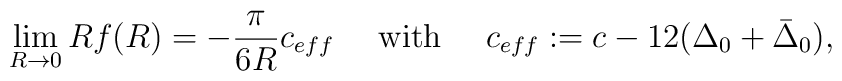
\lim_{R \rightarrow 0} R f(R) = -\frac{\pi}{6 R} c_{eff} \,\,\,\,\,\,\,\,\textnormal{with}\,\,\,\,\,\,\,\,c_{eff}:=c- 12(\Delta_0 +\bar\Delta_0),